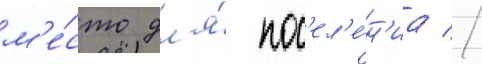
м'е́сто дл'я́ пос'ел'е́н'иа //